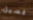
فصيل